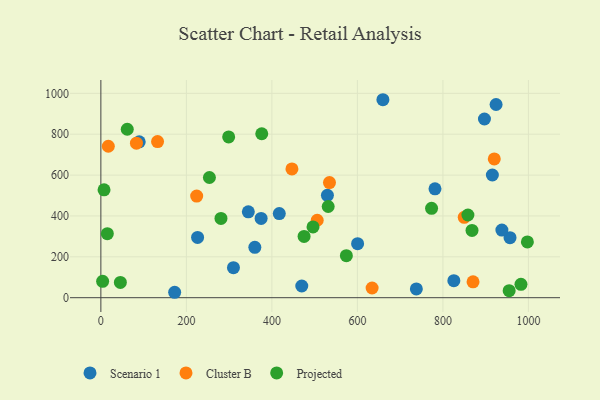
{"axis": {"x": "Price", "y": "Demand"}, "legend": ["Cluster B", "Projected", "Scenario 1"], "data": [{"x": "529.9", "y": 501.0, "type": "Scenario 1"}, {"x": "897.2", "y": 874.5, "type": "Scenario 1"}, {"x": "957.0", "y": 293.7, "type": "Scenario 1"}, {"x": "924.4", "y": 945.5, "type": "Scenario 1"}, {"x": "781.5", "y": 533.0, "type": "Scenario 1"}, {"x": "938.0", "y": 330.8, "type": "Scenario 1"}, {"x": "374.8", "y": 387.8, "type": "Scenario 1"}, {"x": "360.1", "y": 246.5, "type": "Scenario 1"}, {"x": "469.9", "y": 57.2, "type": "Scenario 1"}, {"x": "310.1", "y": 146.7, "type": "Scenario 1"}, {"x": "737.9", "y": 42.9, "type": "Scenario 1"}, {"x": "600.5", "y": 264.3, "type": "Scenario 1"}, {"x": "89.7", "y": 762.9, "type": "Scenario 1"}, {"x": "172.6", "y": 26.5, "type": "Scenario 1"}, {"x": "825.6", "y": 83.3, "type": "Scenario 1"}, {"x": "915.7", "y": 600.4, "type": "Scenario 1"}, {"x": "659.7", "y": 968.8, "type": "Scenario 1"}, {"x": "226.2", "y": 294.8, "type": "Scenario 1"}, {"x": "417.3", "y": 411.6, "type": "Scenario 1"}, {"x": "344.9", "y": 420.3, "type": "Scenario 1"}, {"x": "870.5", "y": 77.6, "type": "Cluster B"}, {"x": "83.2", "y": 756.3, "type": "Cluster B"}, {"x": "534.7", "y": 563.3, "type": "Cluster B"}, {"x": "17.4", "y": 741.2, "type": "Cluster B"}, {"x": "920.2", "y": 678.9, "type": "Cluster B"}, {"x": "849.9", "y": 393.3, "type": "Cluster B"}, {"x": "506.0", "y": 379.0, "type": "Cluster B"}, {"x": "224.1", "y": 497.5, "type": "Cluster B"}, {"x": "446.9", "y": 630.2, "type": "Cluster B"}, {"x": "634.4", "y": 47.3, "type": "Cluster B"}, {"x": "132.6", "y": 763.9, "type": "Cluster B"}, {"x": "280.9", "y": 388.0, "type": "Projected"}, {"x": "868.1", "y": 329.3, "type": "Projected"}, {"x": "531.7", "y": 446.3, "type": "Projected"}, {"x": "15.1", "y": 313.3, "type": "Projected"}, {"x": "4.1", "y": 80.3, "type": "Projected"}, {"x": "45.6", "y": 74.8, "type": "Projected"}, {"x": "298.9", "y": 786.9, "type": "Projected"}, {"x": "7.4", "y": 527.8, "type": "Projected"}, {"x": "574.2", "y": 205.7, "type": "Projected"}, {"x": "475.3", "y": 299.9, "type": "Projected"}, {"x": "982.6", "y": 65.5, "type": "Projected"}, {"x": "997.6", "y": 273.0, "type": "Projected"}, {"x": "253.9", "y": 588.1, "type": "Projected"}, {"x": "773.5", "y": 437.3, "type": "Projected"}, {"x": "955.0", "y": 34.3, "type": "Projected"}, {"x": "858.5", "y": 404.7, "type": "Projected"}, {"x": "61.7", "y": 824.4, "type": "Projected"}, {"x": "376.3", "y": 802.2, "type": "Projected"}, {"x": "496.2", "y": 346.1, "type": "Projected"}]}